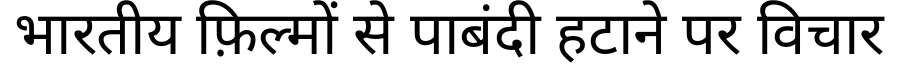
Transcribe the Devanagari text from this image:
भारतीय फ़िल्मों से पाबंदी हटाने पर विचार